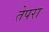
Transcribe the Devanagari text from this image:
तेपरा